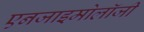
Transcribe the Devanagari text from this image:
एनजाइमोलॉजी